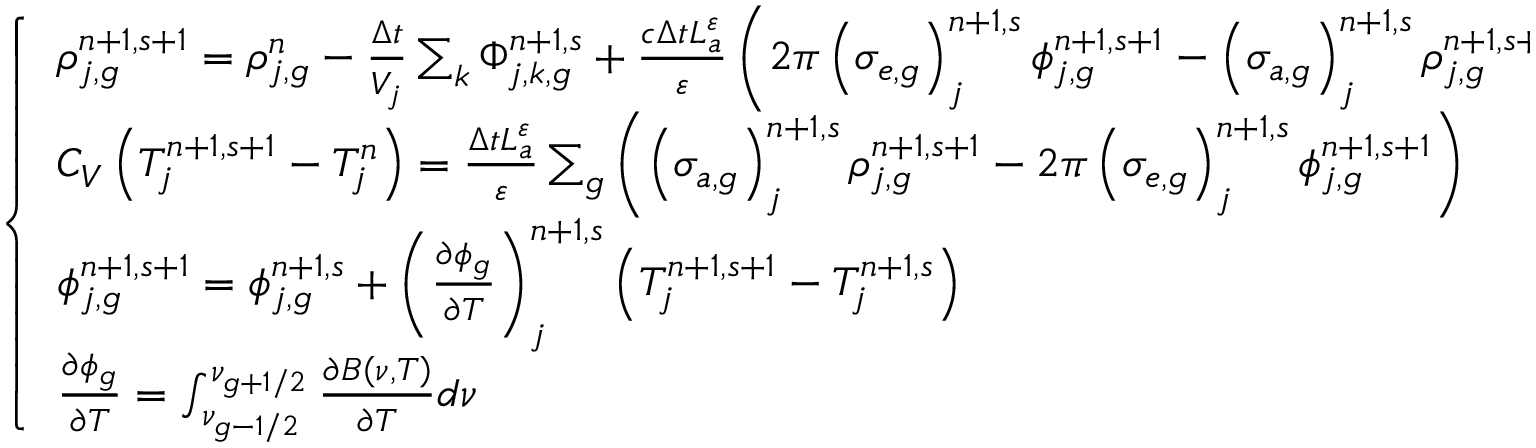
\left\{ \begin{array} { l } { { \rho _ { j , g } ^ { n + 1 , s + 1 } = \rho _ { j , g } ^ { n } - \frac { \Delta t } { V _ { j } } \sum _ { k } \Phi _ { j , k , g } ^ { n + 1 , s } + \frac { c \Delta t L _ { a } ^ { \varepsilon } } { \varepsilon } \left( 2 \pi \left( \sigma _ { e , g } \right) _ { j } ^ { n + 1 , s } \phi _ { j , g } ^ { n + 1 , s + 1 } - \left( \sigma _ { a , g } \right) _ { j } ^ { n + 1 , s } \rho _ { j , g } ^ { n + 1 , s + 1 } \right) } } \\ { { C _ { V } \left( T _ { j } ^ { n + 1 , s + 1 } - T _ { j } ^ { n } \right) = \frac { \Delta t L _ { a } ^ { \varepsilon } } { \varepsilon } \sum _ { g } \left( \left( \sigma _ { a , g } \right) _ { j } ^ { n + 1 , s } \rho _ { j , g } ^ { n + 1 , s + 1 } - 2 \pi \left( \sigma _ { e , g } \right) _ { j } ^ { n + 1 , s } \phi _ { j , g } ^ { n + 1 , s + 1 } \right) } } \\ { { \phi _ { j , g } ^ { n + 1 , s + 1 } = \phi _ { j , g } ^ { n + 1 , s } + \left( \frac { \partial \phi _ { g } } { \partial T } \right) _ { j } ^ { n + 1 , s } \left( T _ { j } ^ { n + 1 , s + 1 } - T _ { j } ^ { n + 1 , s } \right) } } \\ { { \frac { \partial \phi _ { g } } { \partial T } = \int _ { \nu _ { g - { 1 \mathord { \left/ { \vphantom { 1 2 } } \right. \kern - \nulldelimiterspace } 2 } } } ^ { \nu _ { g + { 1 \mathord { \left/ { \vphantom { 1 2 } } \right. \kern - \nulldelimiterspace } 2 } } } \frac { \partial B \left( \nu , T \right) } { \partial T } d \nu } } \end{array} \right.